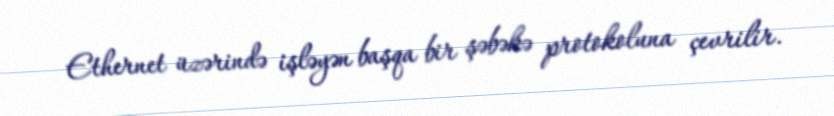
Ethernet üzərində işləyən başqa bir şəbəkə protokoluna çevrilir.